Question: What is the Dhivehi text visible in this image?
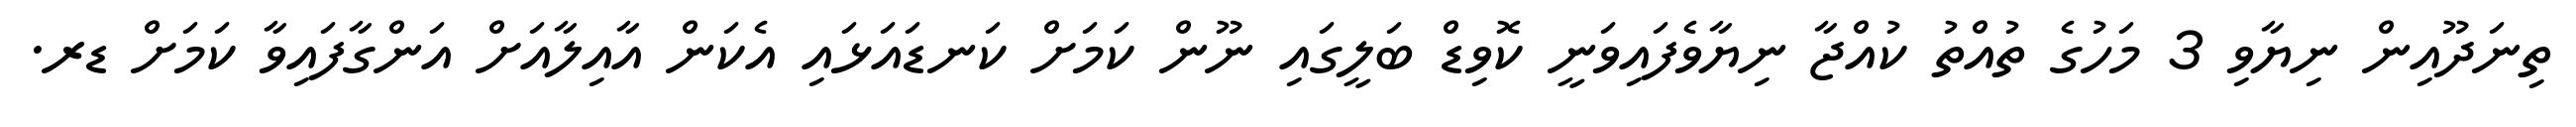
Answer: ތިނަދޫއިން ނިޔާވި 3 މަހުގެ ތުއްތު ކުއްޖާ ނިޔާވެފައިވަނީ ކޮވިޑް ބަލީގައި ނޫން ކަމަށް ކަނޑައަޅައި އެކަން އާއިލާއަށް އަންގާފައިވާ ކަމަށް ޑރ.